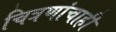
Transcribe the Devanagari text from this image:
चित्रणांचाही